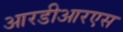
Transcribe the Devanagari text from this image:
आरडीआरएस